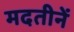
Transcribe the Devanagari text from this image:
मदतीनें